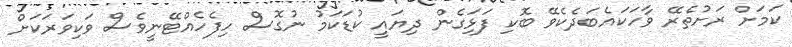
ކަމަށް ރަށުތެރޭ ވާހަކައެބަދެކެވޭ ބޮކި ފަޅަިގެން ދިޔައީ ކުޑަކަމު ނުގޮސް ހިފެހެއްޓޭނީވެސް ވަކިވަރަކަށް